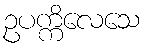
ဥပက္ကိလေသေ